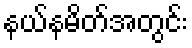
နယ်နမိတ်အတွင်း